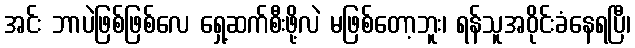
အင်း ဘာပဲဖြစ်ဖြစ်လေ ရှေ့ဆက်စီးဖို့လဲ မဖြစ်တော့ဘူး၊ ရန်သူအဝိုင်းခံနေရပြီ၊